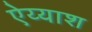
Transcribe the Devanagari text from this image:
ऐय्याश